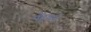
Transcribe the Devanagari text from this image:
पँहुचने